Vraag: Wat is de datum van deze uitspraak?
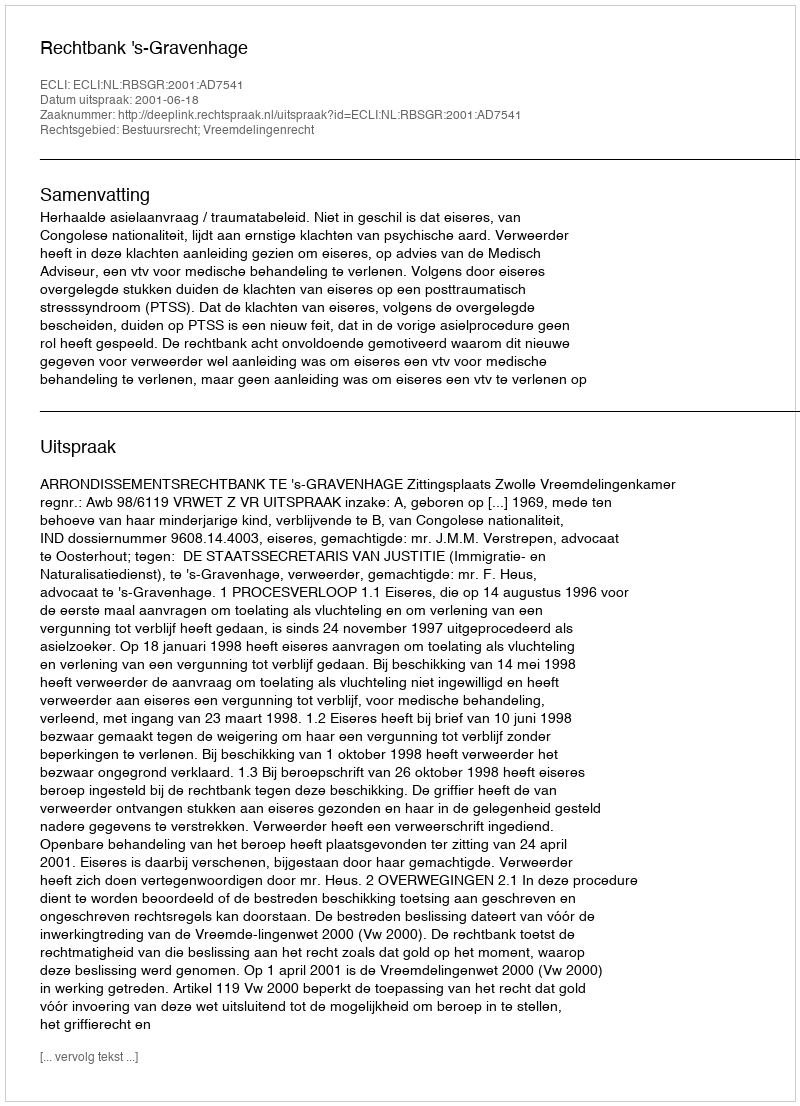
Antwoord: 2001-06-18